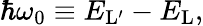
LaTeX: \hbar\omega_{0}\equiv{E}_{\mathrm{L}^{\prime}}-{E}_{\mathrm{L}},